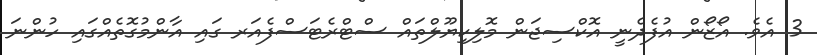
3 އެވެ. އޯޒޯން އުފެދެނީ އޮކްސިޖަން މޮލިކިޔޫލްތައް ސްޓްރެޓަސްފެއަރ ގައި އާންމުގޮތެއްގައި ހުންނަ